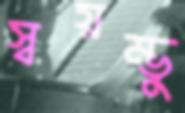
স্বয়ম্ভু